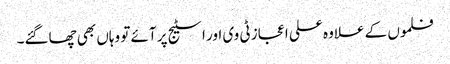
فلموں کے علاوہ علی اعجاز ٹی وی اور اسٹیج پر آئے تو وہاں بھی چھاگئے۔